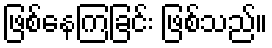
ဖြစ်နေကြခြင်း ဖြစ်သည်။